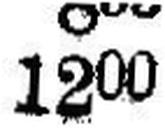
1200